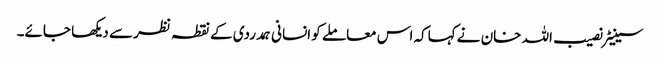
سینیٹر نصیب اللہ خان نے کہاکہ اس معاملے کو انسانی ہمدردی کے نقطہ نظر سے دیکھا جائے۔